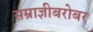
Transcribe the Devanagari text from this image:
सम्राज्ञीबरोबर